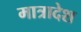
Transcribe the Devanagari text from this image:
मात्रादेश